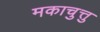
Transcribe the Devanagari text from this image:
मकाचुत्तु